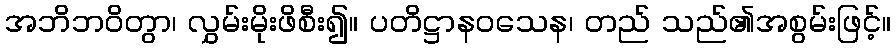
အဘိဘဝိတွာ၊ လွှမ်းမိုးဖိစီး၍။ ပတိဋ္ဌာနဝသေန၊ တည် သည်၏အစွမ်းဖြင့်။